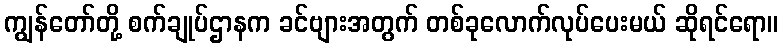
ကျွန်တော်တို့ စက်ချုပ်ဌာနက ခင်ဗျားအတွက် တစ်ခုလောက်လုပ်ပေးမယ် ဆိုရင်ရော။